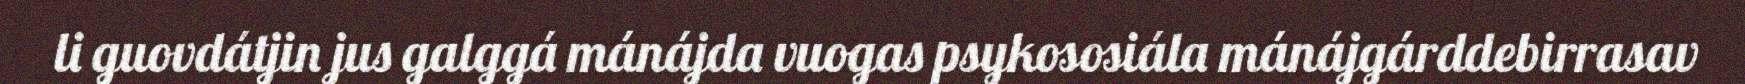
li guovdátjin jus galggá mánájda vuogas psykososiála mánájgárddebirrasav